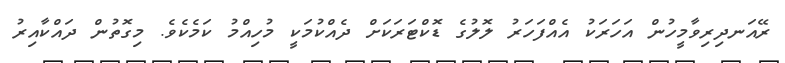
ރޭއަނދިރިވާމީހުން އަހަރަކު އެއްފަހަރު ލޮލުގެ ޑޮކްޓަރަކަށް ދެއްކުމަކީ މުހިއްމު ކަމެކެވެ. މިގޮތުން ދައްކާއިރު